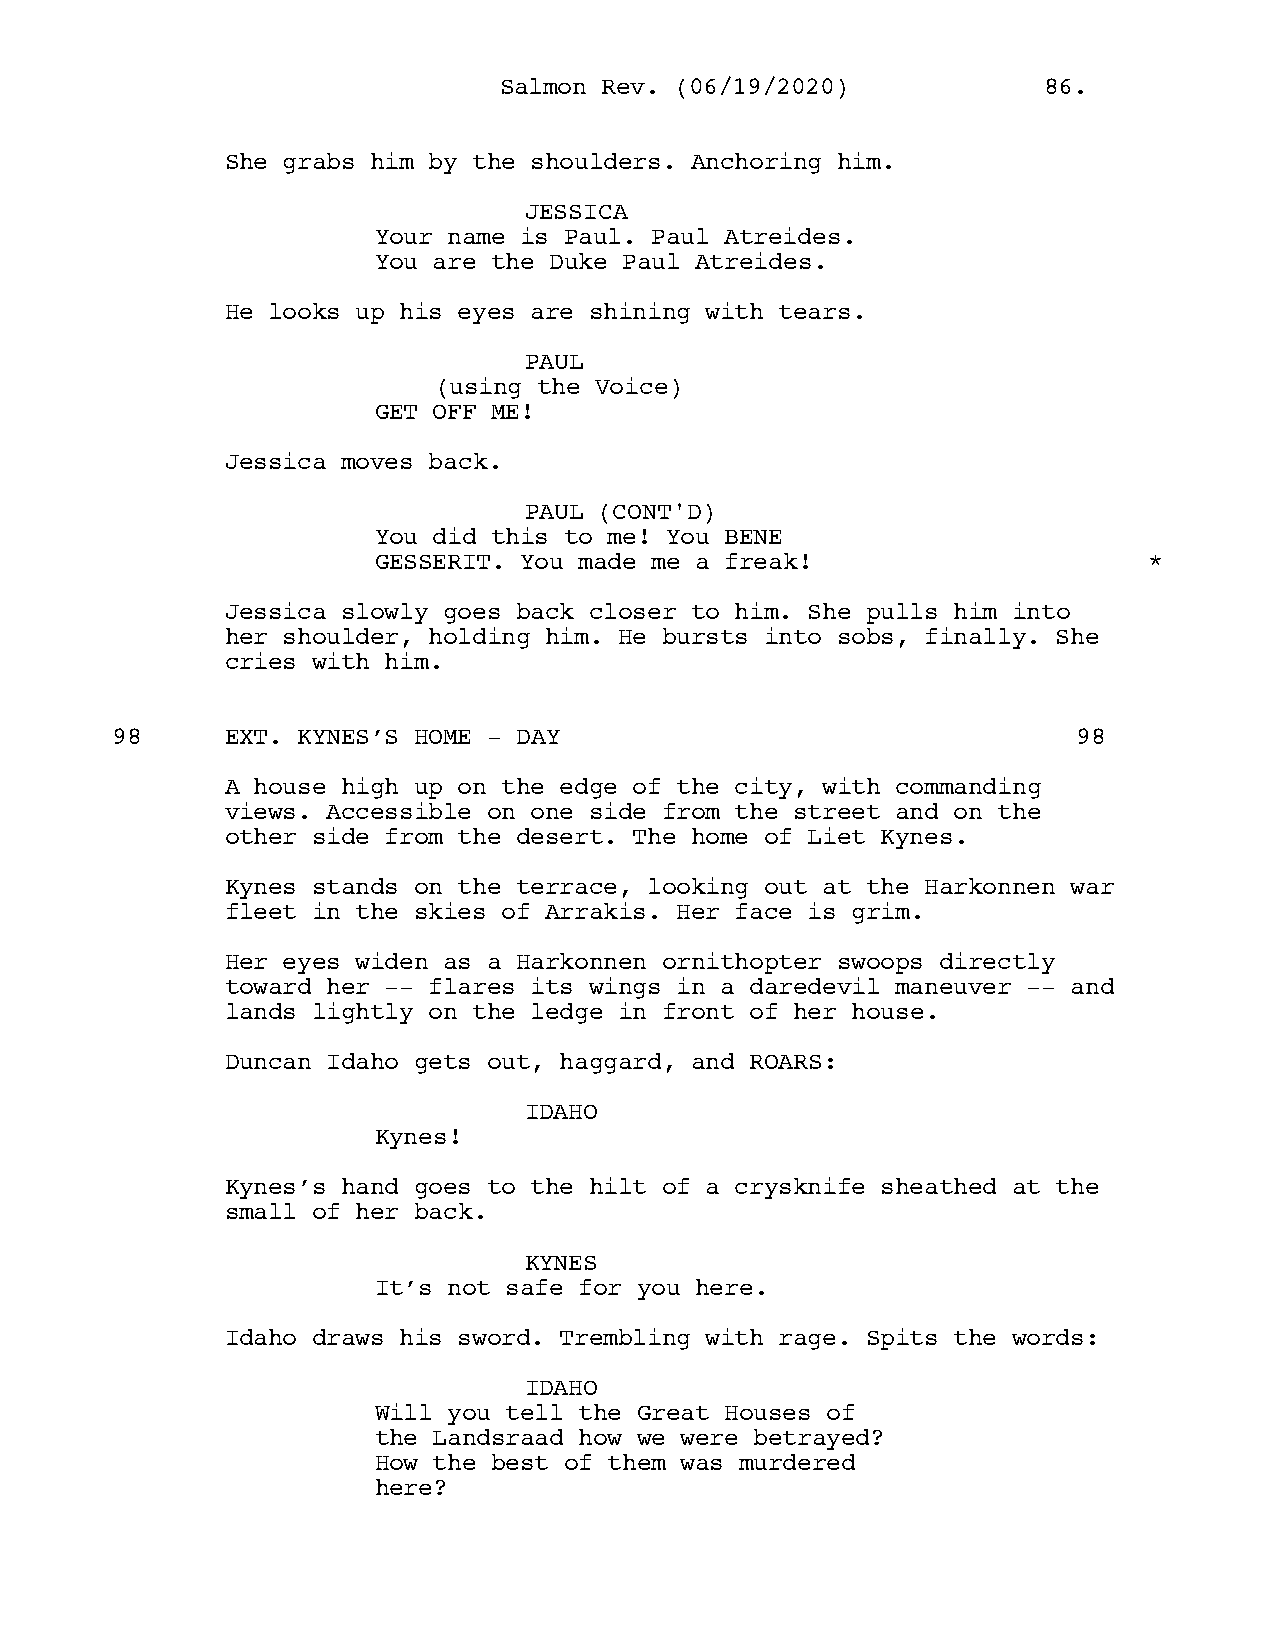
SSaallmmoonn RReevv.. ((0066//1199//22002200)) 8866..
 She grabs him by the shoulders. Anchoring him.
 JESSICA
 Your name is Paul. Paul Atreides.
 You are the Duke Paul Atreides.
 He looks up his eyes are shining with tears.
 PAUL
 (using the Voice)
 GET OFF ME!
 Jessica moves back.
 PAUL (CONT'D)
 You did this to me! You BENE
 GESSERIT. You made me a freak!                     *
 Jessica slowly goes back closer to him. She pulls him into
 her shoulder, holding him. He bursts into sobs, finally. She
 cries with him.
 98      EXT. KYNES’S HOME - DAY                                 98
 A house high up on the edge of the city, with commanding
 views. Accessible on one side from the street and on the
 other side from the desert. The home of Liet Kynes.
 Kynes stands on the terrace, looking out at the Harkonnen war
 fleet in the skies of Arrakis. Her face is grim.
 Her eyes widen as a Harkonnen ornithopter swoops directly
 toward her -- flares its wings in a daredevil maneuver -- and
 lands lightly on the ledge in front of her house.
 Duncan Idaho gets out, haggard, and ROARS:
 IDAHO
 Kynes!
 Kynes’s hand goes to the hilt of a crysknife sheathed at the
 small of her back.
 KYNES
 It’s not safe for you here.
 Idaho draws his sword. Trembling with rage. Spits the words:
 IDAHO
 Will you tell the Great Houses of
 the Landsraad how we were betrayed?
 How the best of them was murdered
 here?